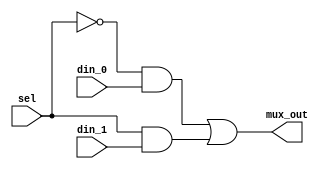
 //-----------------------------------------------------
 // Design Name : 2-to-1 mux
 // Function    : 2:1 Mux using Logic Gates
 // Coder       : Paskorn Champrasert
 //-----------------------------------------------------
 module  mux_2to1(
 mux_out    , // Mux output
 din_0      , // Mux first input
 din_1      , // Mux Second input
 sel         // Select input
 );
 //-----------Input Ports---------------
 input din_0, din_1, sel ;
 //-----------Output Ports---------------
 output mux_out;
 //------------Internal Variables--------
 wire  w_not1, w_and1, w_and2;
 
 //-------------Code Start-----------------
 not not1(w_not1,sel);
 and and1(w_and1,w_not1,din_0);
 and and2(w_and2,sel,din_1);
 or or1(mux_out,w_and1,w_and2);
 
 endmodule //End Of Module mux